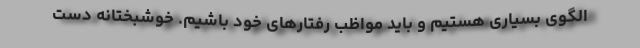
الگوی بسیاری هستیم و باید مواظب رفتارهای خود باشیم. خوشبختانه دست